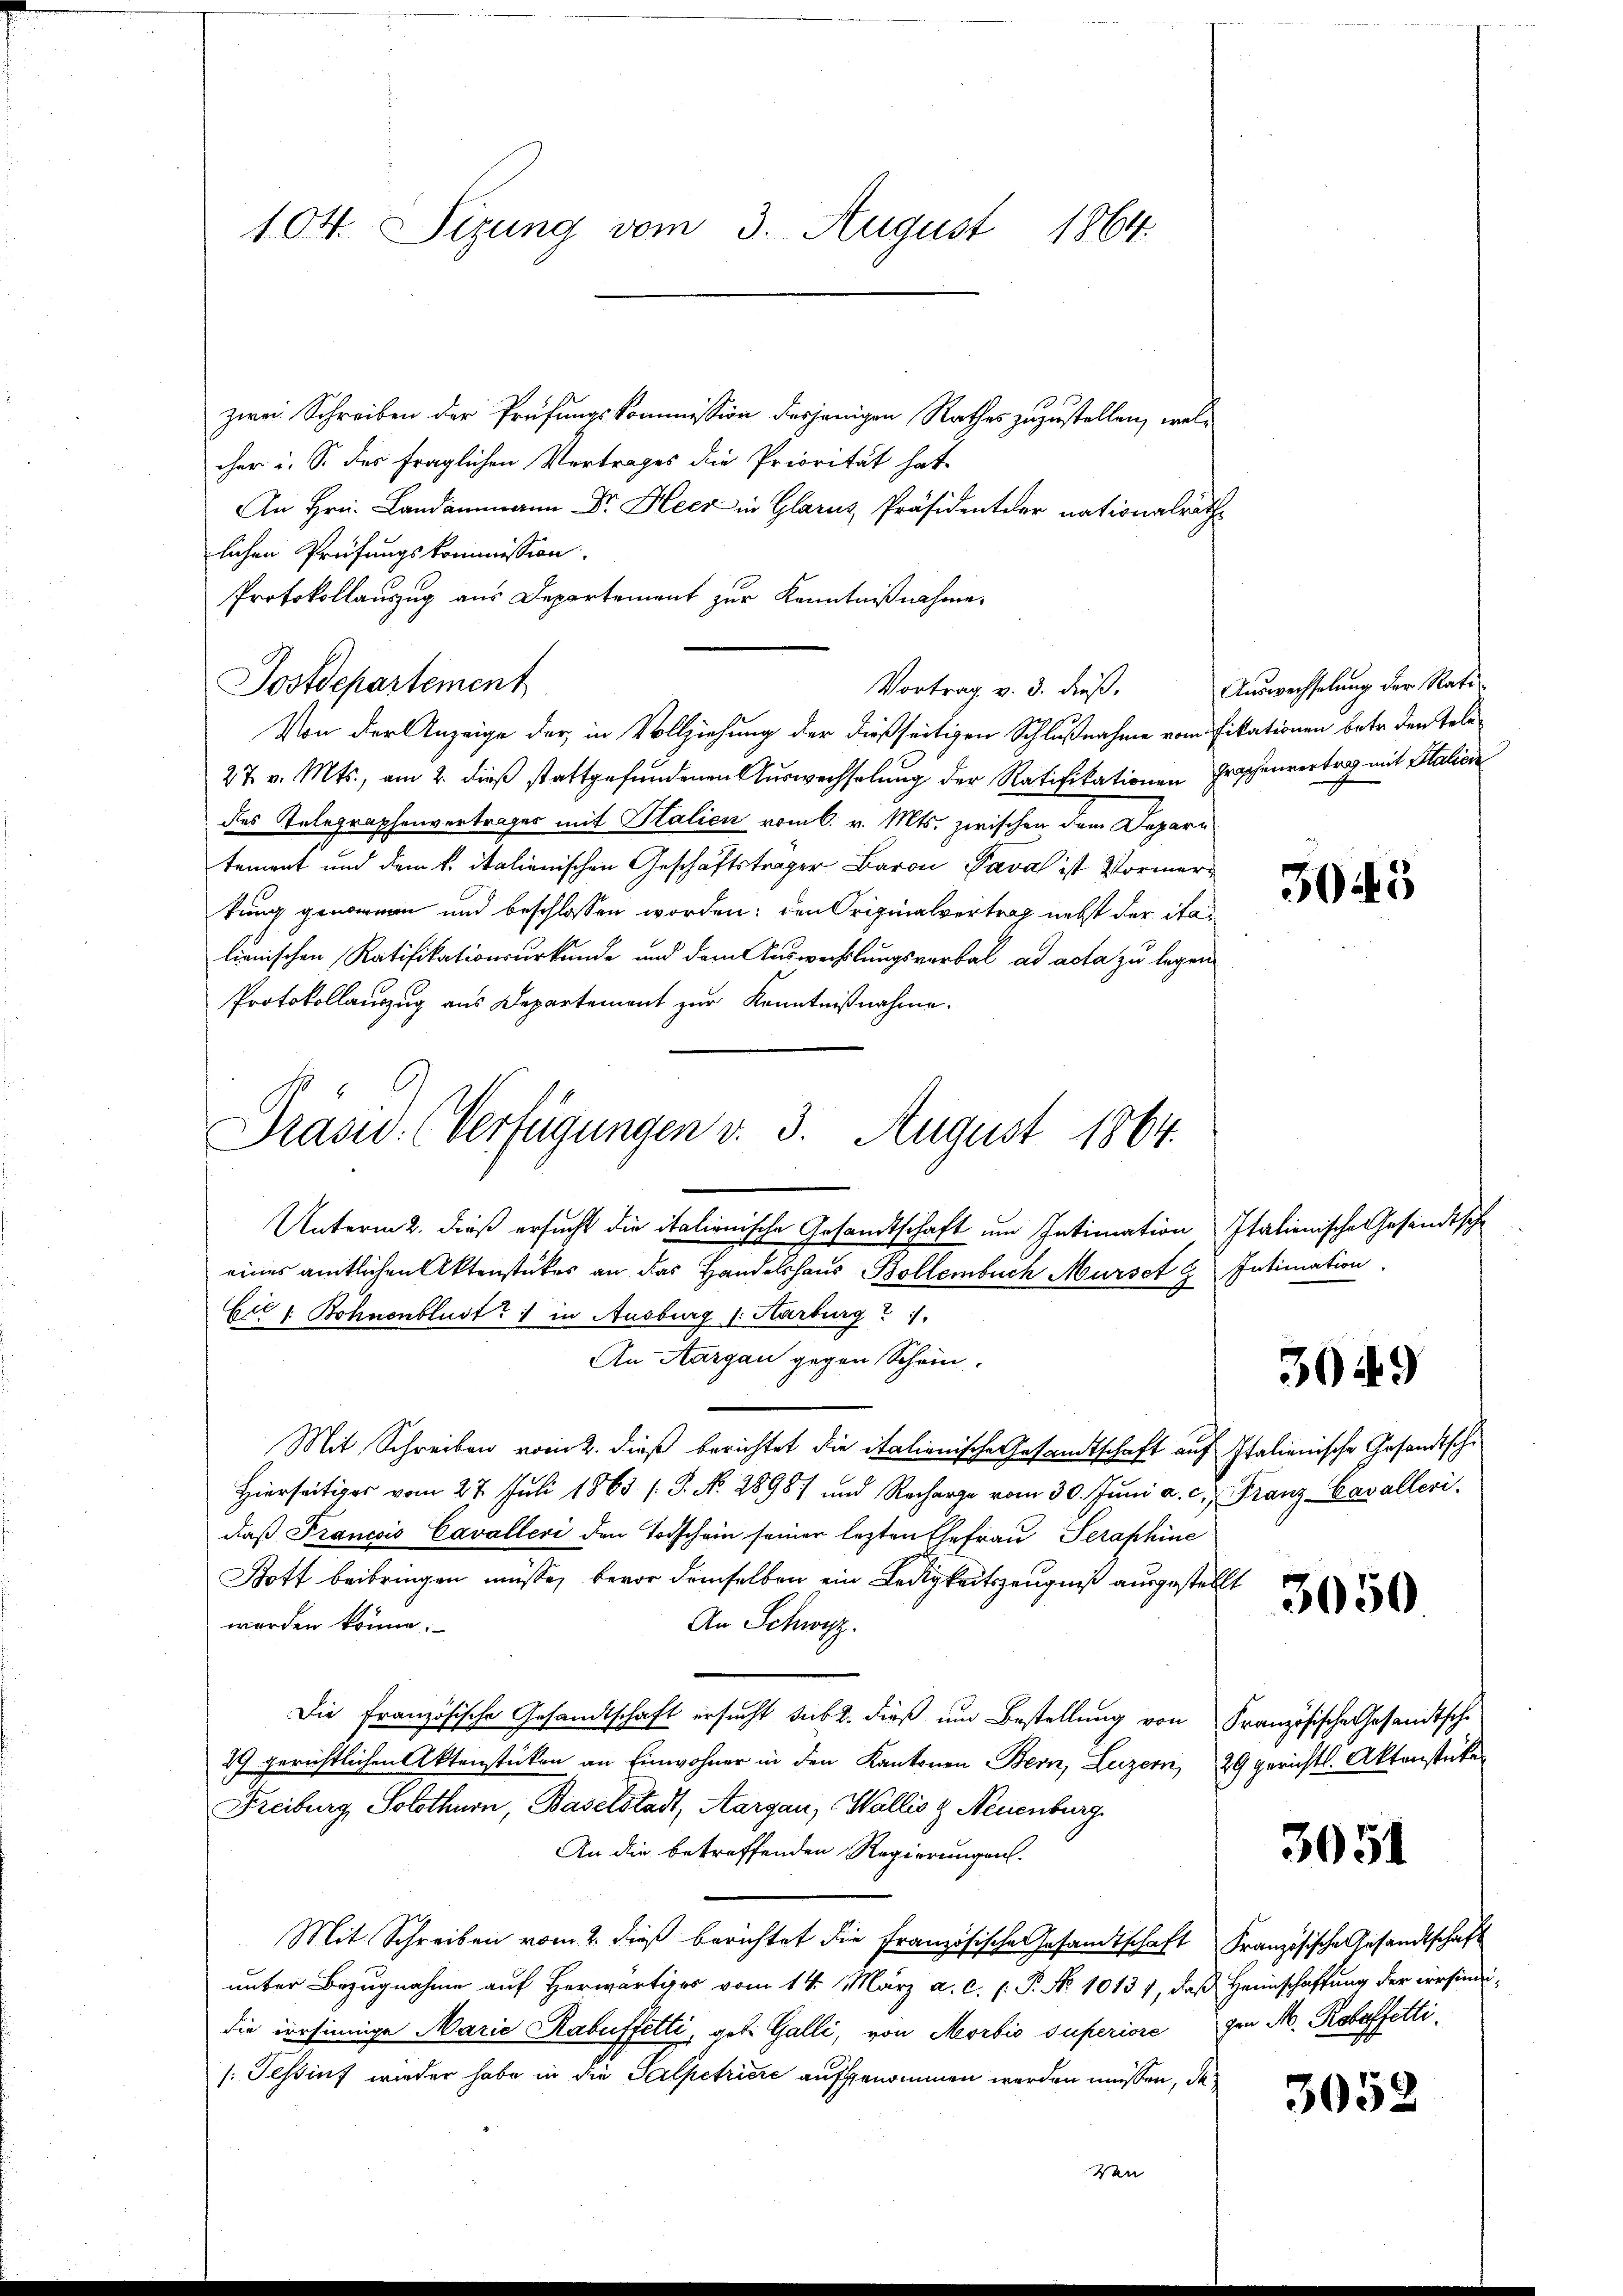
104. Sizung vom 3. August 1864.

zwei Schreiben der Prüfungskommission desjenigen Rathes zuzustellen, welcher i. S. des fraglichen Vertrages die Priorität hat.
An Hrn. Landammann Dr. Heer in Glarus, Präsident der nationalräth
lichen Prüfungskommission.
Protokollauszug aus Departement zur Kenntnißnahme
Postdepartement
Von der Anzeige der, in Vollziehung der dießseitigen Schlußnahme vom Fikationen betr. den Tele¬
27. v. Mts., am 2. dieß stattgefundenen Auswechselung der Ratifikationen Grazenvertrag mit Salici
des Telegraphenvertrages mit Italien vom 6. v. Mts. zwischen dem Depari
tement und dem k. italienischen Geschäftsträger Baron Pava ist Vormertung genommen und beschlossen worden; den Originalvertrag nebst der italienischen Ratifikationsurkunde und dem Auswechslungsverbal ad acta zu legen
Protokollauszug aus Departement zur Kenntnißnahme.
Unterm 2. dieß ersucht die italienische Gesandtschaft um Intimation Itationische Gesandtsche
eines amtlichen Aktenstückes an das Handelshaus Bollenbuch Murse g Intimation
Eil l. Bohnenblust 1 in Ausburg v. Karburg 1
An Aargau gegen Schein.
Mit Schreiben vom 2. dieß berichtet die italienische Gesandtschaft auf Italienische Gesandtschi¬
Hierseitiges vom 27. Juli 1863 (S. No. 2898) und Recharge vom 30. Jŭni a. c. Franz-Cavalleri
daß Francois Cavalleri den Todschein seiner lezten Ehefrau Seraphine
Bott beibringen müsse, bevor demselben ein Ledigkeitszeugniß ausgestellt
werden könne.
An Schwyz.
Die französische Gesandtschaft ersucht subt, dieß um Bestellung von Französische Gesandtsche
29 gerichtlichen Aktenstücken an Einwohner in den Kantonen Bern, Luzern, 29 gerichtl. Aktenstücke
Freiburg, Solothurn, Baselstadt, Aargau, Wallis & Neuenburg.
An die betreffenden Regierungen.
Mit Schreiben vom 2. dieß berichtet die französische Gesandtschaft Französische Gesandtschaft
unter Bezugnahme auf Horwärtiges vom 14. März a. c. l. P. No 10131, daß Heimschaffung der defindidie irrsinnige Marie Rabuffetti, geb. Galli, von Morbio superiore gen M. Robefetti¬
/: Tessins wieder habe in die Salpetriere aufgenommen werden müssen, da

Präsid. (Verfügungen v. 3. August 1864.

Vortrag v. 3. dieß.

Auswechselung der Rati¬

3045

3049

3050.

3051

3052